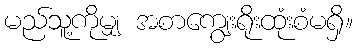
မည်သူ့ကိုမျှ အစာကျွေးရိုးထုံးစံမရှိ။